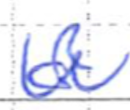
Text: of
Cross-out: mix
Writing tool: ballpoint